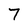
Character: 7